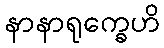
နာနာရုက္ခေဟိ